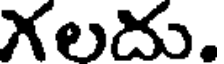
Xలదు.